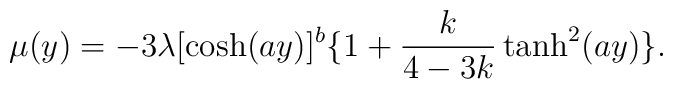
\mu(y)=-3\lambda[\cosh(ay)]^b\{1+\frac{k}{4-3k}\tanh^2(ay)\}.